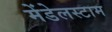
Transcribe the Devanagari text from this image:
मेंडेलस्टाम